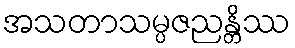
အသတာသမ္ပဇညန္တိဿ